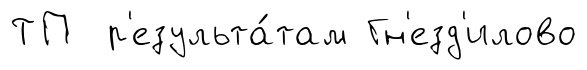
ТП р'езульта́там Гн'езд'илово